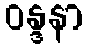
ဝန္ဒနာ